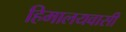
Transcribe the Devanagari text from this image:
हिमालयवासी